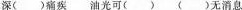
深()痛疾 油光可（）()无消息